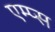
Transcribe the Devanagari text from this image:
एम्प्स